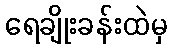
ရေချိုးခန်းထဲမှ